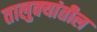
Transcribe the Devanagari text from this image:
तालुक्‍यांतील